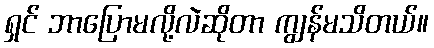
ရှင် ဘာပြောမလို့လဲဆိုတာ ကျွန်မသိတယ်။